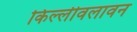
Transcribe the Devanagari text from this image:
किल्लीवलावन